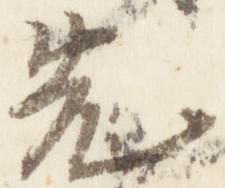
先